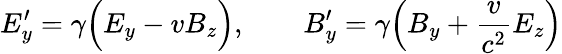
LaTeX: E_{y}^{\prime}=\gamma\Big(E_{y}-vB_{z}\Big),\qquad B_{y}^{\prime}=\gamma\Big(B_{y}+\frac{v}{c^{2}}E_{z}\Big)